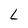
Character: L